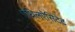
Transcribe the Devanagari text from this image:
एथिलऐसिटेट